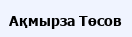
Ақмырза Төсов